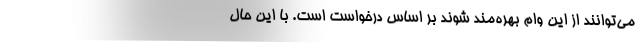
می‌توانند از این وام بهره‌مند شوند بر اساس درخواست است. با این حال